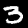
Label: 3